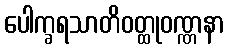
ပေါက္ခရသာတိဝတ္ထုဝဏ္ဏနာ